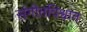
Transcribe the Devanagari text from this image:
संगीतविश्वात